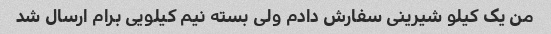
من یک کیلو شیرینی سفارش دادم ولی بسته نیم کیلویی برام ارسال شد